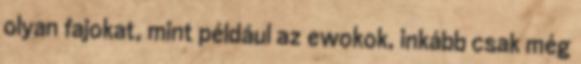
olyan fajokat, mint például az ewokok, inkább csak még